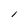
Character: l